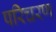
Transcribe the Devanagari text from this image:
परिचरण